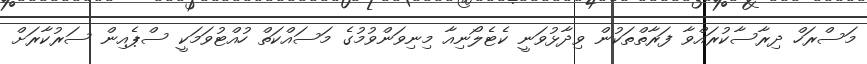
މަސްރަހް ދިރާސާކުރައްވާ ފަރާތްތަކުން ވިދާޅުވަނީ ކެޓެލޯނިއާ މިނިވަންވުމުގެ މަސައްކަތް ހުއްޓުވަމަކީ ސްޕެއިން ސަރުކާރަށް